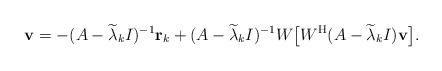
LaTeX: \begin{align*}{\bf v}=-(A-\widetilde{\lambda}_kI)^{-1}{\bf r}_k+(A-\widetilde{\lambda}_kI)^{-1}W\big[W^{\rm H}(A-\widetilde{\lambda}_kI){\bf v}\big].\end{align*}